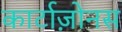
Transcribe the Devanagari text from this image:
कार्टाज़ोनस